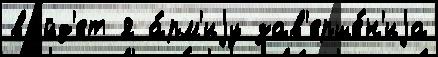
вы́йд'ет я а́рм'иjу зав'ерше́н'иjа